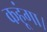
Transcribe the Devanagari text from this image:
कहूंगा।